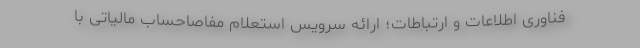
فناوری اطلاعات و ارتباطات؛ ارائه سرویس استعلام مفاصاحساب مالیاتی با